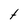
Character: t